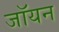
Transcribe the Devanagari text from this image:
जॉयन